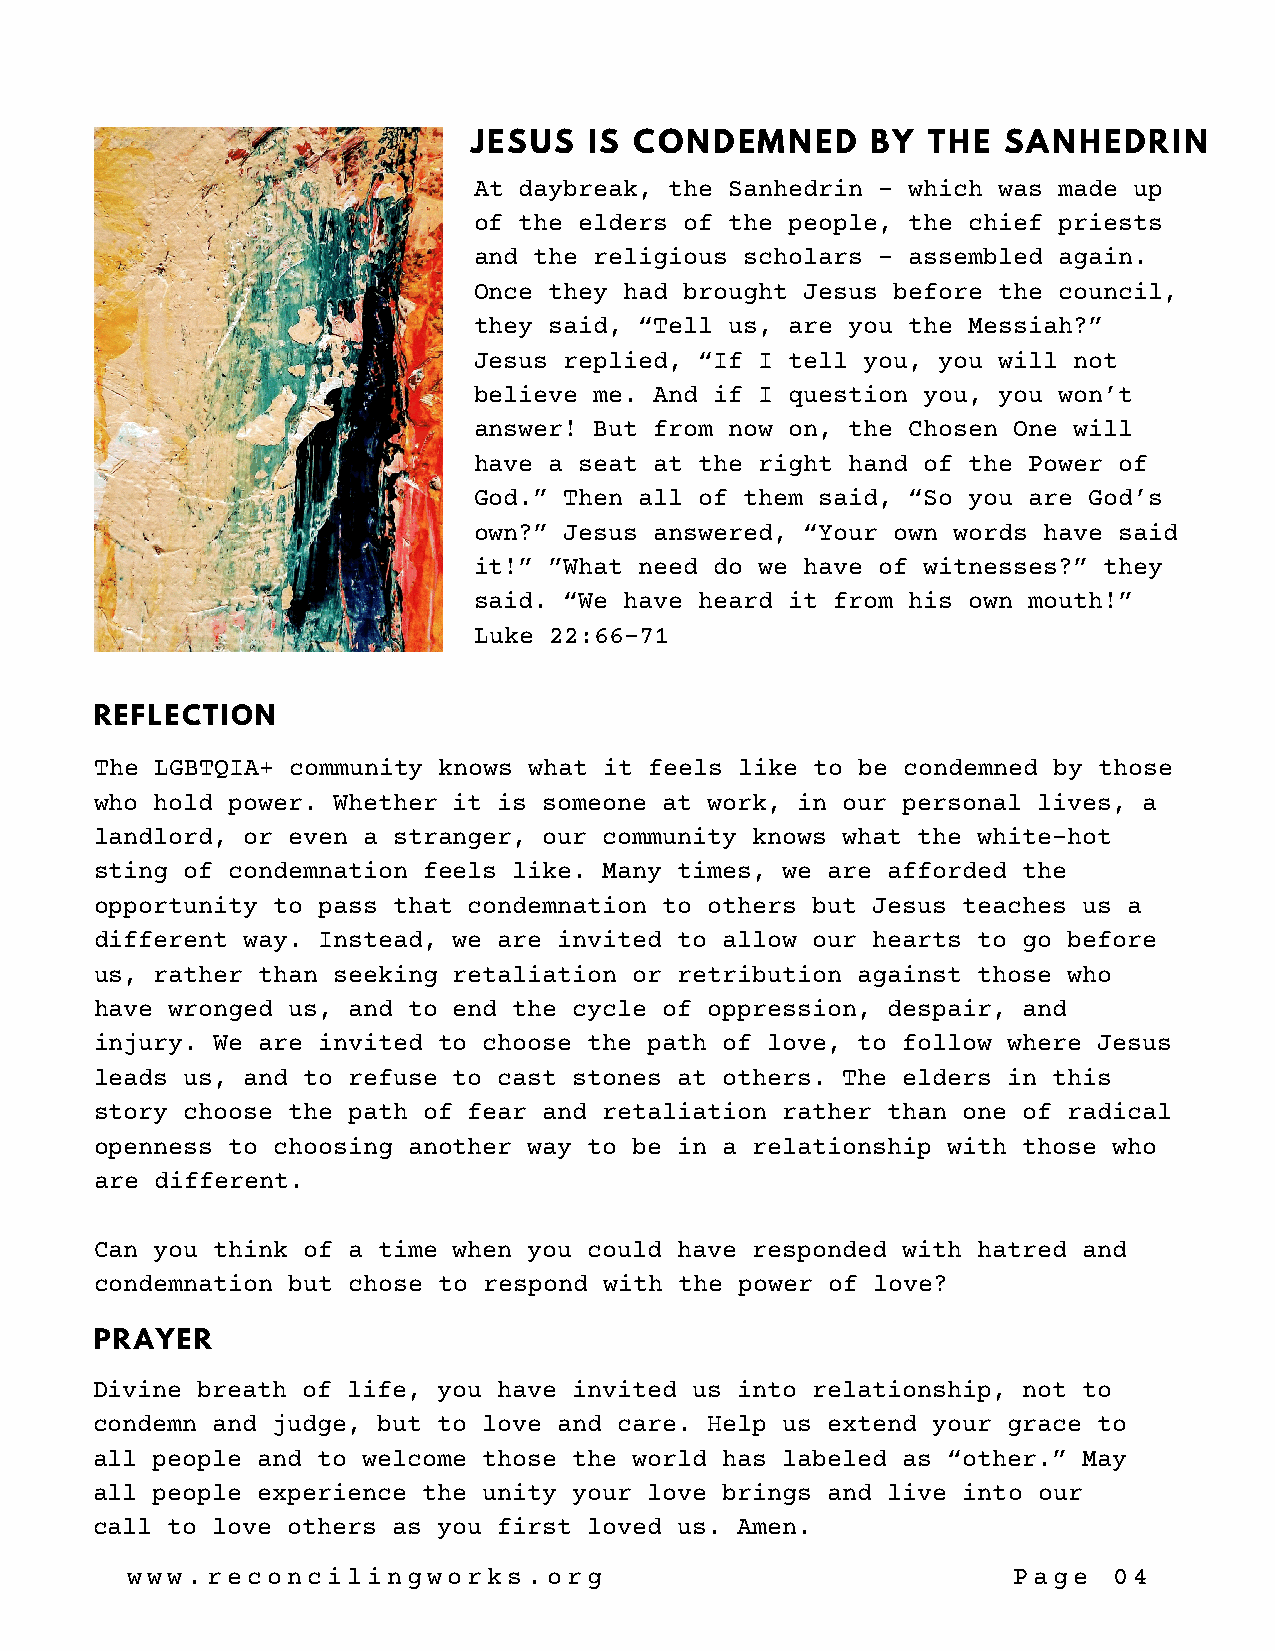
JESUS   IS CONDEMNED       BY THE  SANHEDRIN
 At daybreak, the Sanhedrin – which was made up
 of the elders of the people, the chief priests
 and the religious scholars – assembled again.
 Once they had brought Jesus before the council,
 they said, “Tell us, are you the Messiah?”
 Jesus replied, “If I tell you, you will not
 believe me. And if I question you, you won’t
 answer! But from now on, the Chosen One will
 have a seat at the right hand of the Power of
 God.” Then all of them said, “So you are God’s
 own?” Jesus answered, “Your own words have said
 it!” ”What need do we have of witnesses?” they
 said. “We have heard it from his own mouth!”
 Luke 22:66-71
 REFLECTION
 The LGBTQIA+ community knows what it feels like to be condemned by those
 who hold power. Whether it is someone at work, in our personal lives, a
 landlord, or even a stranger, our community knows what the white-hot
 sting of condemnation feels like. Many times, we are afforded the
 opportunity to pass that condemnation to others but Jesus teaches us a
 different way. Instead, we are invited to allow our hearts to go before
 us, rather than seeking retaliation or retribution against those who
 have wronged us, and to end the cycle of oppression, despair, and
 injury. We are invited to choose the path of love, to follow where Jesus
 leads us, and to refuse to cast stones at others. The elders in this
 story choose the path of fear and retaliation rather than one of radical
 openness to choosing another way to be in a relationship with those who
 are different.
 Can you think of a time when you could have responded with hatred and
 condemnation but chose to respond with the power of love?
 PRAYER
 Divine breath of life, you have invited us into relationship, not to
 condemn and judge, but to love and care. Help us extend your grace to
 all people and to welcome those the world has labeled as “other.” May
 all people experience the unity your love brings and live into our
 call to love others as you first loved us. Amen.
 www.reconcilingworks.org                                   Page   04